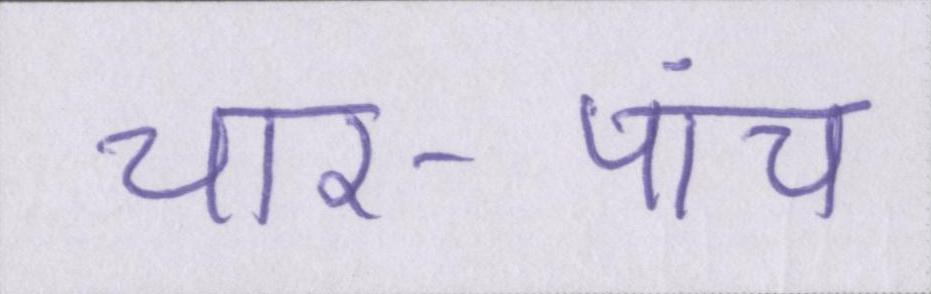
चार-पांच